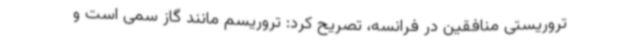
تروریستی منافقین در فرانسه، تصریح کرد: تروریسم مانند گاز سمی است و